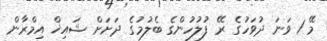
މޭ 1 ވަނަ ދުވަހުގެ ރޭ ފުލުހުންގެ ބެލުމުގެ ދަށަށް ޝައިޚް އިމްރާން